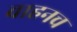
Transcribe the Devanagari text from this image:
वाहनच